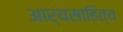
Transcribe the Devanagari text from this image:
आर्यसाहित्य